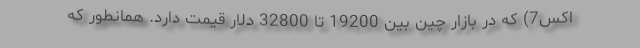
اکس7) که در بازار چین بین 19200 تا 32800 دلار قیمت دارد. همانطور که